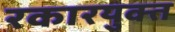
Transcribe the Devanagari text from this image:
रकारयुक्त